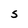
Character: S